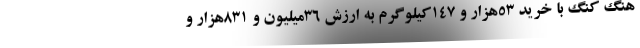
هنگ کنگ با خرید ۵۳هزار و ۱۴۷کیلوگرم به ارزش ۳۶میلیون و ۸۳۱هزار و